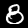
Digit: 8